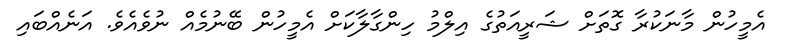
އެމީހުން މާނަކުރާ ގޮތަށް ޝަރީއަތުގެ އިލްމު ހިންގާލާކަށް އެމީހުން ބޭނުމެއް ނުވެއެވެ. އަނެއްބައި